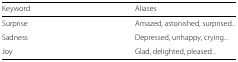
| Keyword | Aliases |
 | --- | --- |
 | Surprise | Amazed, astonished, surprised... |
 | Sadness | Depressed, unhappy, crying... |
 | Joy | Glad, delighted, pleased... |